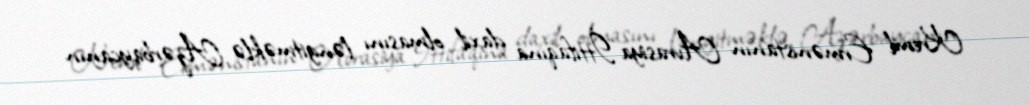
Kreml Ermənistanın Avrasiya İttifaqına daxil olmasını ləngitməklə Azərbaycanın